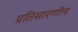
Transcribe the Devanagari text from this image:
प्रतिसारणीय